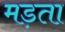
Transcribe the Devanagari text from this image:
मड़ता